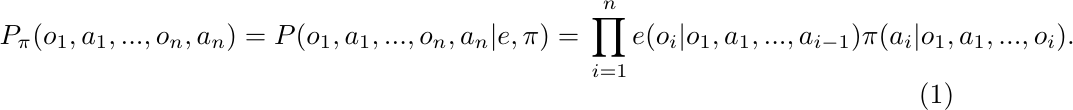
\begin{equation}
     P_\pi(o_1,a_1,...,o_n,a_n)=P(o_1,a_1,...,o_n,a_n|e,\pi)=\\
    \prod_{i=1}^n e(o_i|o_1,a_1,...,a_{i-1})\pi(a_i|o_1,a_1,...,o_i).
\end{equation}